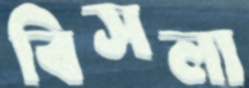
বিসলা